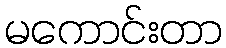
မကောင်းတာ